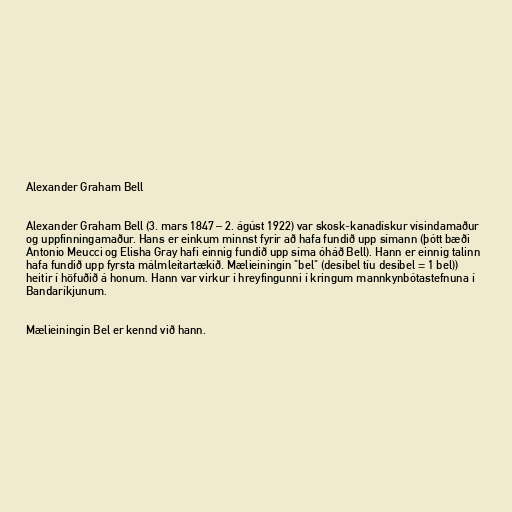
Alexander Graham Bell

Alexander Graham Bell (3. mars 1847 – 2. ágúst 1922) var skosk-kanadískur vísindamaður
og uppfinningamaður. Hans er einkum minnst fyrir að hafa fundið upp símann (þótt bæði
Antonio Meucci og Elisha Gray hafi einnig fundið upp síma óháð Bell). Hann er einnig talinn
hafa fundið upp fyrsta málmleitartækið. Mælieiningin "bel" (desíbel tíu desibel = 1 bel))
heitir í höfuðið á honum. Hann var virkur í hreyfingunni í kringum mannkynbótastefnuna í
Bandaríkjunum.

Mælieiningin Bel er kennd við hann.